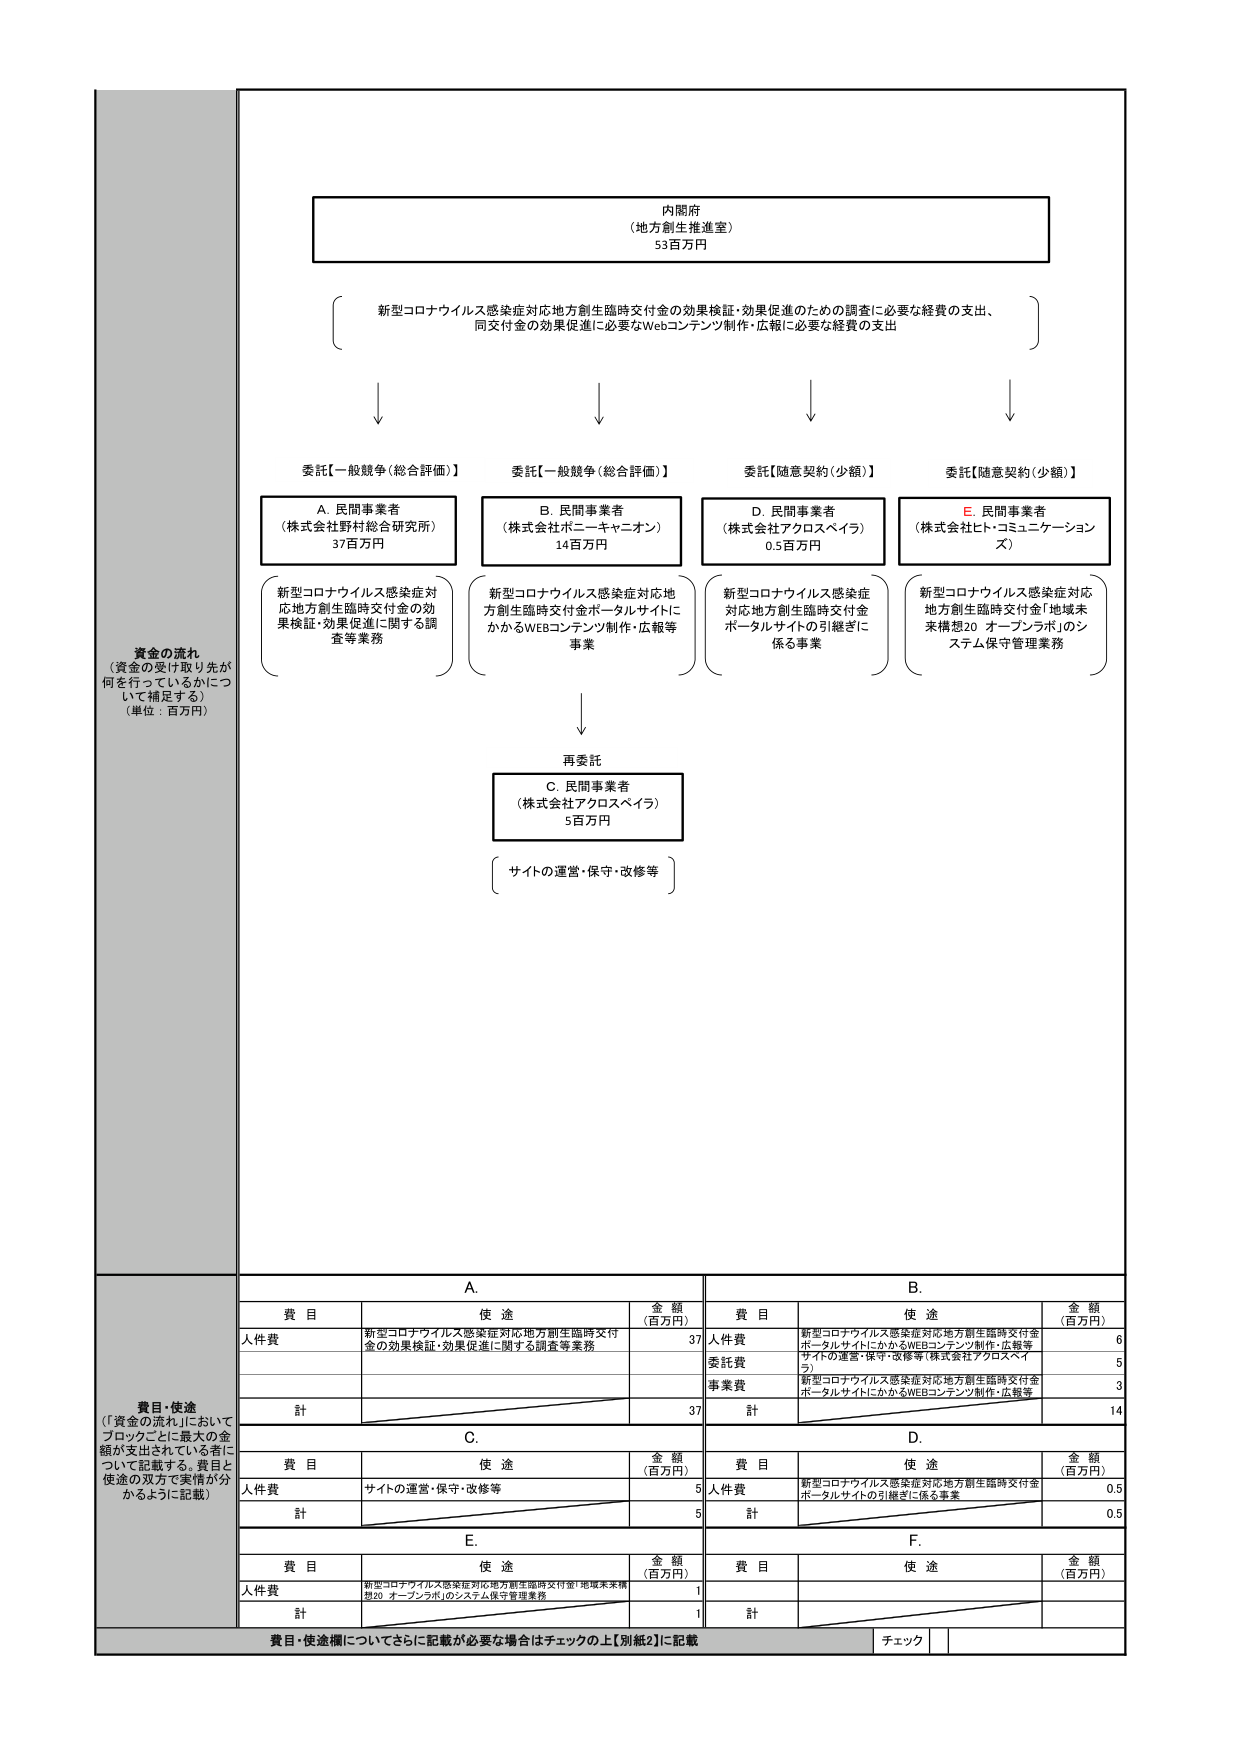
内閣府
（地方創生推進室）
53百万円

新型コロナウイルス感染症対応地方創生臨時交付金の効果検証・効果促進のための調査に必要な経費の支出、
同交付金の効果促進に必要なWebコンテンツ制作・広報に必要な経費の支出

委託【一般競争（総合評価）】
A. 民間事業者
（株式会社野村総合研究所）
37百万円
新型コロナウイルス感染症対応地方創生臨時交付金の効果検証・効果促進に関する調査等業務

委託【一般競争（総合評価）】
B. 民間事業者
（株式会社ポニーキャニオン）
14百万円
新型コロナウイルス感染症対応地方創生臨時交付金ポータルサイトにかかるWEBコンテンツ制作・広報等事業

委託【随意契約（少額）】
D. 民間事業者
（株式会社アクロスペイラ）
0.5百万円
新型コロナウイルス感染症対応地方創生臨時交付金ポータルサイトの引継ぎに係る事業

委託【随意契約（少額）】
E. 民間事業者
（株式会社ヒト・コミュニケーションズ）
新型コロナウイルス感染症対応地方創生臨時交付金「地域未来構想20 オープンラボ」のシステム保守管理業務

再委託
C. 民間事業者
（株式会社アクロスペイラ）
5百万円
サイトの運営・保守・改修等

資金の流れ
（資金の受け取り先が何を行っているかについて補足する）
（単位：百万円）

費目・使途
（「資金の流れ」においてブロックごとに最大の金額が支出されている者について記載する。費目と使途の双方で実情が分かるように記載）

A.
費目 使途 金額（百万円）
人件費 新型コロナウイルス感染症対応地方創生臨時交付金の効果検証・効果促進に関する調査等業務 37
計 37

B.
費目 使途 金額（百万円）
人件費 新型コロナウイルス感染症対応地方創生臨時交付金ポータルサイトにかかるWEBコンテンツ制作・広報等 6
委託費 サイトの運営・保守・改修等（株式会社アクロスペイラ） 5
事業費 新型コロナウイルス感染症対応地方創生臨時交付金ポータルサイトにかかるWEBコンテンツ制作・広報等 3
計 14

C.
費目 使途 金額（百万円）
人件費 サイトの運営・保守・改修等 5
計 5

D.
費目 使途 金額（百万円）
人件費 新型コロナウイルス感染症対応地方創生臨時交付金ポータルサイトの引継ぎに係る事業 0.5
計 0.5

E.
費目 使途 金額（百万円）
人件費 新型コロナウイルス感染症対応地方創生臨時交付金「地域未来構想20 オープンラボ」のシステム保守管理業務 1
計 1

F.
費目 使途 金額（百万円）
計

費目・使途欄についてさらに記載が必要な場合はチェックの上【別紙2】に記載
チェック